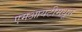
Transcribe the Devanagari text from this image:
एमआयटीमधून